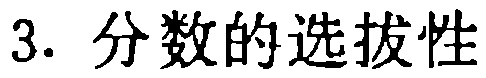
3. 分数的选拔性